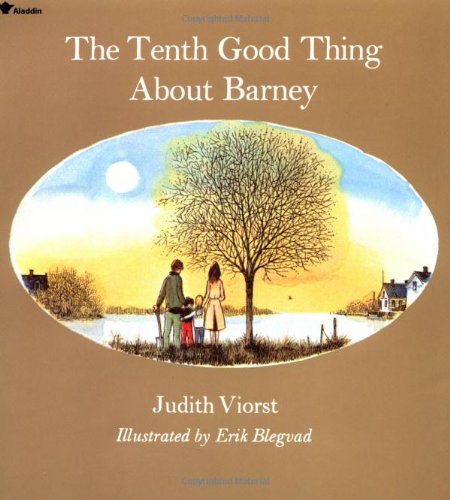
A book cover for The Tenth Good Thing About Barney; Judith Viorst; Children's Books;